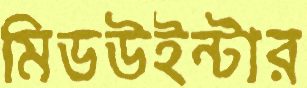
মিডউইন্টার